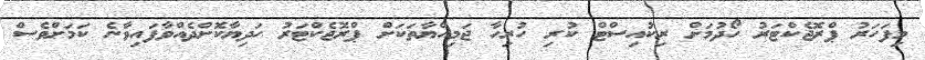
މިފަހަރު ޕްރޮޖެކްޓަރު ހޯދުމަށް ރިކުއިސްޓް ކުރި ހުރިހާ ޖަމިއްޔާތަކަށް ޕްރޮޖެކްޓަރު ހަދިޔާކޮށްދެއްވާފައިވާނެ ކަމަށްވެސް